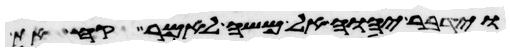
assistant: וידבר יהוה אל משה לאמר קח את